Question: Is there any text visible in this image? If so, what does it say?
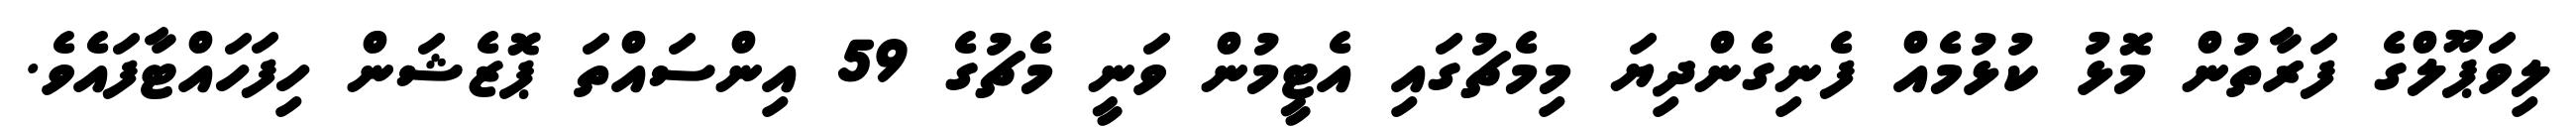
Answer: ލިވަޕޫލްގެ ފަރާތުން މޮޅު ކުޅުމެއް ފެނިގެންދިޔަ މިމެޗުގައި އެޓީމުން ވަނީ މެޗުގެ 59 އިންސައްތަ ޕޮޒެޝަން ހިފަހައްޓާފައެވެ.